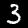
Label: 3